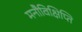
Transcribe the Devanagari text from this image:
मनौविक्षिप्ति